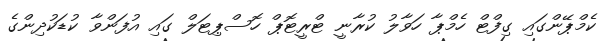
ކެމްޕޭންގައި ގިފްޓް ހެމްޕާ ހަވާލު ކުރާނީ ޓްރީޓޮޕް ހޮސްޕިޓަލް ގައި އުފަންވާ ކުޑަކުދިންގެ